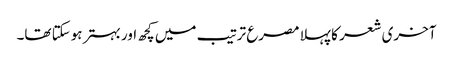
آخری شعر کا پہلا مصرع ترتیب میں کچھ اور بہتر ہوسکتا تھا۔